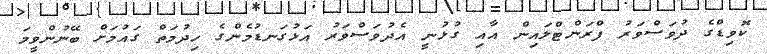
ކޮވިޑްގެ ދުވަސްވަރު ފްރަންޓްލައިން އާއި ގުޅުނީ އެދުވަސްވަރު އަޅުގަނޑުމެންގެ ހިދުމަތް ގައުމަށް ބޭނުންވީމަ